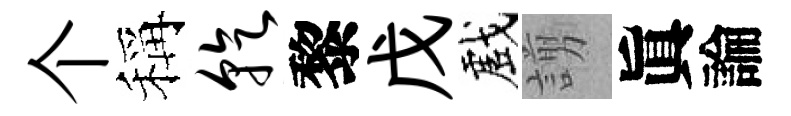
个稱乾黎戊戲謭眞論